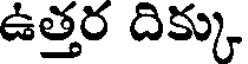
ఉత్తర దిక్కు